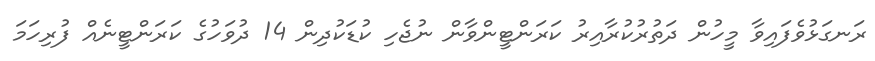
ރަނގަޅުވެފައިވާ މީހުން ދަތުރުކުރާއިރު ކަރަންޓީންވާން ނުޖެހި ކުޑަކުދިން 14 ދުވަހުގެ ކަރަންޓީނެއް ފުރިހަމަ